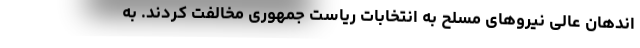
اندهان عالی نیروهای مسلح به انتخابات ریاست جمهوری مخالفت کردند. به